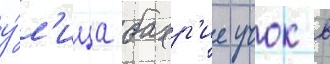
у́л'ица бахр'ие учок в